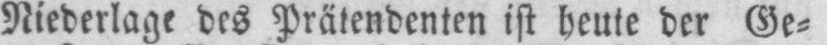
Niederlage des Prätendenten ist heute der Ge⸗